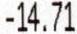
-14.71